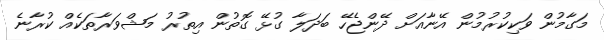
މަގާމުން ވަކިކުރުމުން އޭނާއަށް ދޭންޖެހޭ ބަދަލާ ގުޅޭ ގޮތުން އިތުރު މަޝްވަރާތަކެއް ކުރާނެ